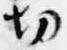
切